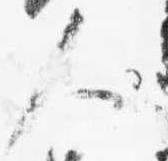
人